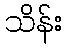
သိန်း